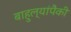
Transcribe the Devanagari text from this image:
बाहुल्यांपैकी